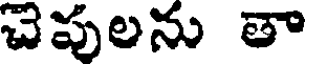
చెపులను తా